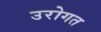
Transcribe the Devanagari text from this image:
उरोगत